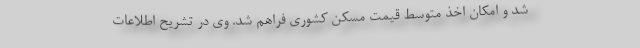
شد و امکان اخذ متوسط قیمت مسکن کشوری فراهم شد. وی در تشریح اطلاعات